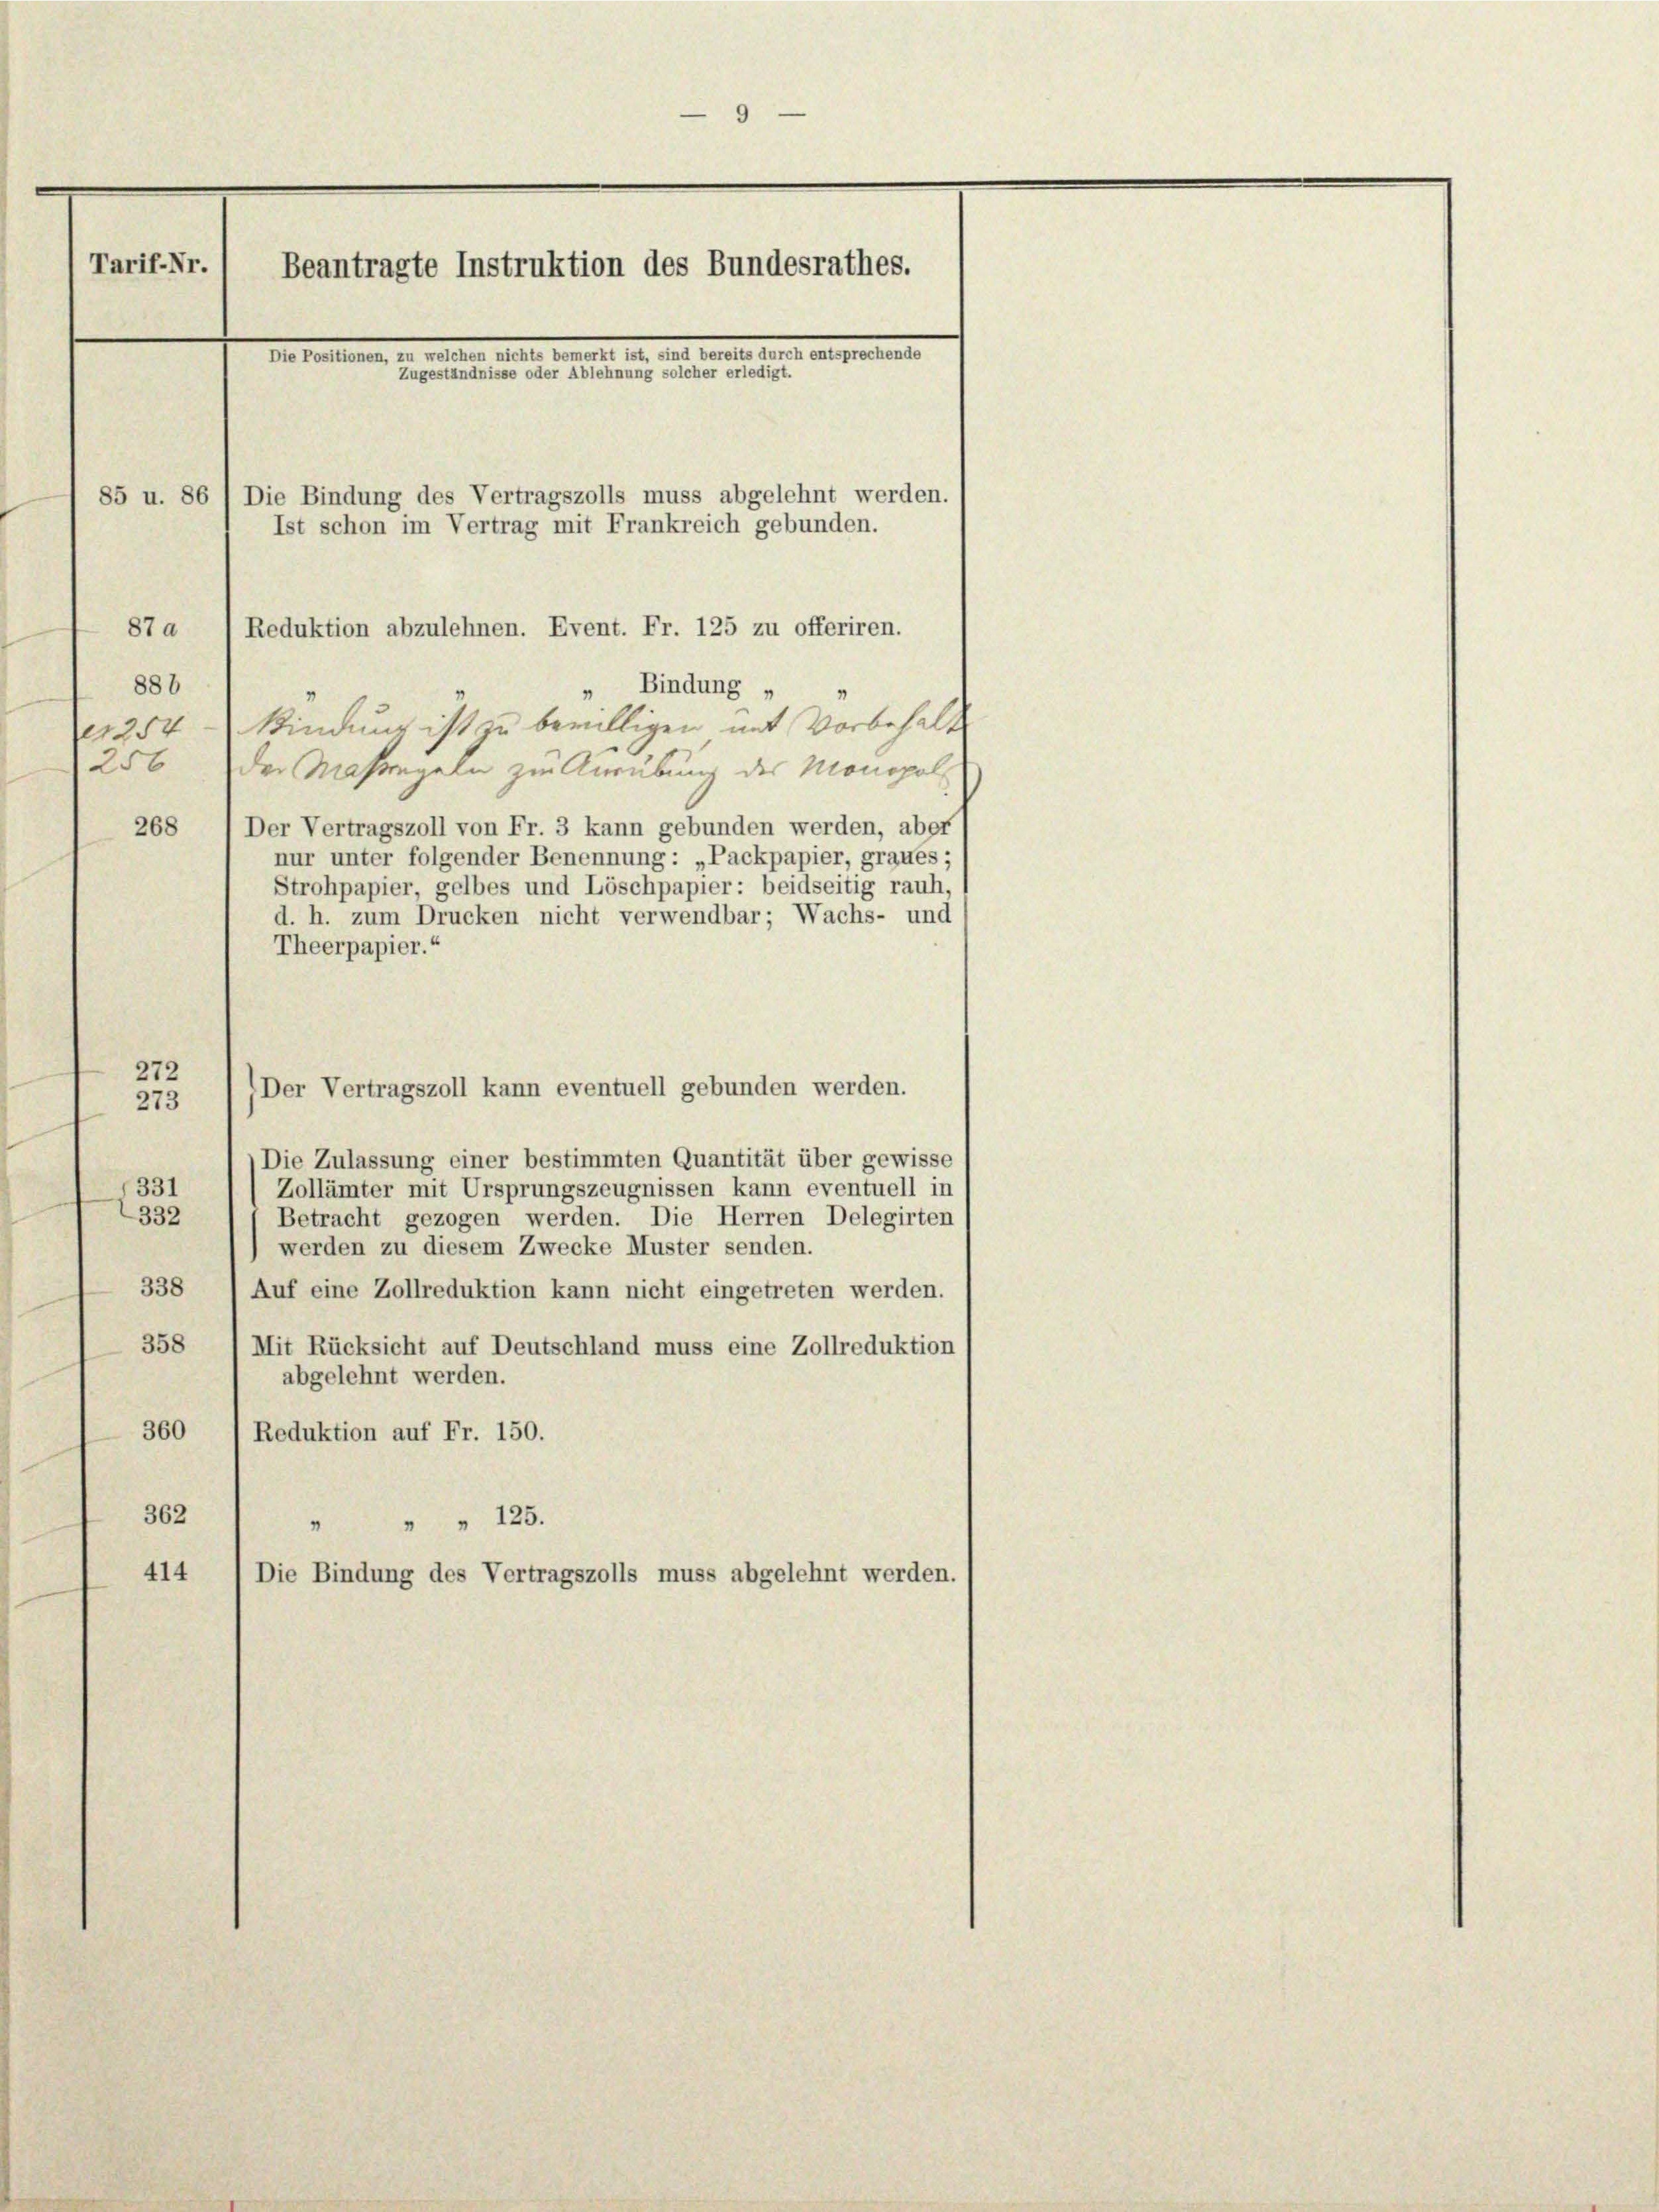
9
Tarif-Nr.
Beantragte Instruktion des Bundesrathes.
Die Positionen, zu welchen nichts bemerkt ist, sind bereits durch entsprechende
Zugeständnisse oder Ablehnung solcher erledigt.

888
Bindung „
1254-Kindung ist zu bewilligen mit Vorbehalt
256
der Massregeln zur Ausübung des Monopol
Der Vertragszoll von Fr. 3 kann gebunden werden, aber
268
nur unter folgender Benennung: „Packpapier, graues ;
Strohpapier, gelbes und Löschpapier: beidseitig rauh,
d. h. zum Drucken nicht verwendbar; Wachs- und
Theerpapier.“
272
Der Vertragszoll kann eventuell gebunden werden.
273
Die Zulassung einer bestimmten Quantität über gewisse
331
Zollämter mit Ursprungszeugnissen kann eventuell in
2332
Betracht gezogen werden. Die Herren Delegirten
werden zu diesem Zwecke Muster senden.
338
Auf eine Zollreduktion kann nicht eingetreten werden.
358
Mit Rücksicht auf Deutschland muss eine Zollreduktion
abgelehnt werden.
360
Reduktion auf Fr. 150.
362
" " 125.
414
Die Bindung des Vertragszolls muss abgelehnt werden.

85 u. 86 / Die Bindung des Vertragszolls muss abgelehnt werden.
Ist schon im Vertrag mit Frankreich gebunden.
87 a 1 Reduktion abzulehnen. Event. Fr. 125 zu offeriren.